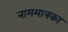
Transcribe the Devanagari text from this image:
नाममात्रका